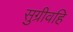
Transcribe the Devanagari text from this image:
सुग्रीवहि